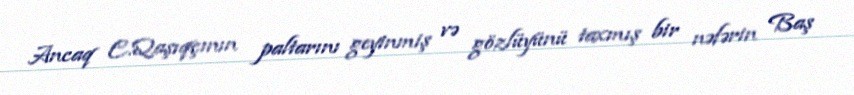
Ancaq C.Qaşıqçının paltarını geyinmiş və gözlüyünü taxmış bir nəfərin Baş